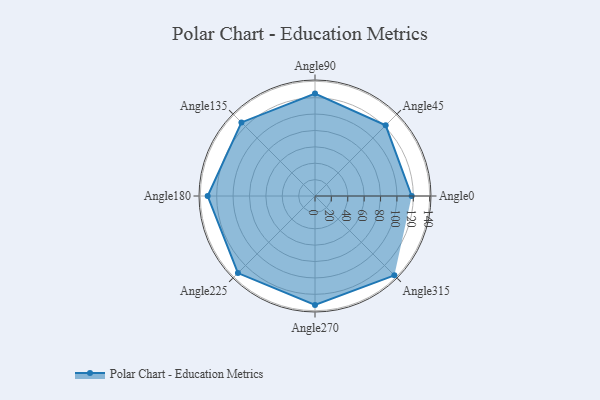
{"axis": {"x": "Angle", "y": "Radius"}, "legend": [""], "data": [{"x": "Angle0", "y": 118.0, "type": ""}, {"x": "Angle45", "y": 122.0, "type": ""}, {"x": "Angle90", "y": 125.0, "type": ""}, {"x": "Angle135", "y": 127.0, "type": ""}, {"x": "Angle180", "y": 131.0, "type": ""}, {"x": "Angle225", "y": 133.0, "type": ""}, {"x": "Angle270", "y": 133.0, "type": ""}, {"x": "Angle315", "y": 137.0, "type": ""}]}